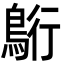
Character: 𮬷